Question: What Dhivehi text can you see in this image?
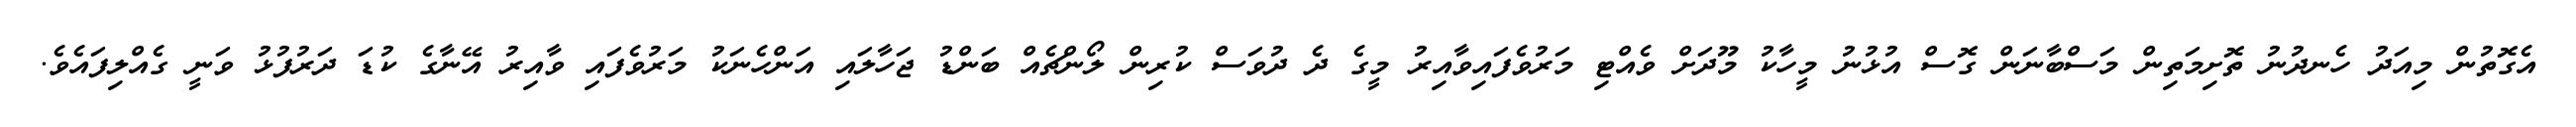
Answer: އެގޮތުން މިއަދު ހެނދުނު ތޮށިމަތިން މަސްބާނަން ގޮސް އުޅުނު މީހާކު މޫދަށް ވެއްޓި މަރުވެފައިވާއިރު މީގެ ދެ ދުވަސް ކުރިން ލޯންޗެއް ބަންޑު ޖަހާލައި އަންހެނަކު މަރުވެފައި ވާއިރު އޭނާގެ ކުޑަ ދަރުފުޅު ވަނީ ގެއްލިފައެވެ.